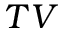
T V